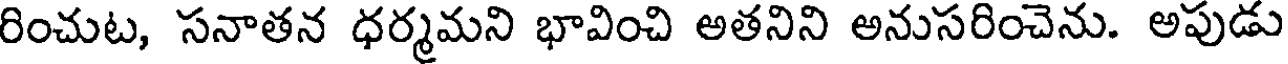
రించుట, సనాతన ధర్మమని భావించి అతనిని అనుసరించెను. అపుడు